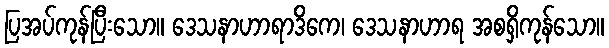
ပြအပ်ကုန်ပြီးသော။ ဒေသနာဟာရာဒိကေ၊ ဒေသနာဟာရ အစရှိကုန်သော။